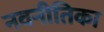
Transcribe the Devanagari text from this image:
नवनीतिका